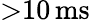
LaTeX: {>}10\, \mathrm{ms}